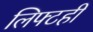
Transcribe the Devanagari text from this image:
लिफ्टही